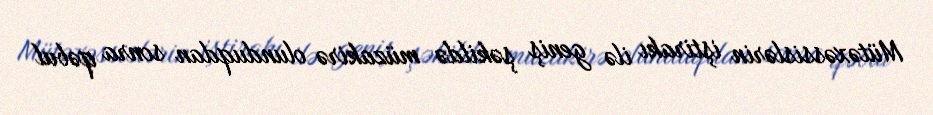
Mütəxəssislərin iştirakı ilə geniş şəkildə müzakirə olunduqdan sonra qəbul